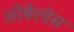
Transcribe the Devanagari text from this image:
ओबेरवेस